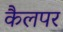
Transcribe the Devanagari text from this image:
कैलपर